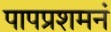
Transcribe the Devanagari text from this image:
पापप्रशमनं